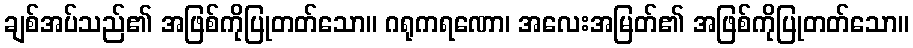
ချစ်အပ်သည်၏ အဖြစ်ကိုပြုတတ်သော။ ဂရုကရဏော၊ အလေးအမြတ်၏ အဖြစ်ကိုပြုတတ်သော။